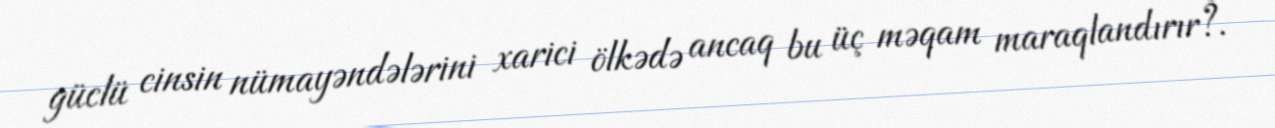
güclü cinsin nümayəndələrini xarici ölkədə ancaq bu üç məqam maraqlandırır?.